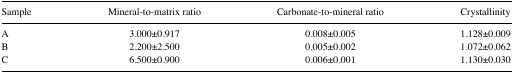
<table><thead><tr><td><b>Sample</b></td><td><b>Mineral-to-matrix ratio</b></td><td><b>Carbonate-to-mineral ratio</b></td><td><b>Crystallinity</b></td></tr></thead><tbody><tr><td>A</td><td>3.000±0.917</td><td>0.008±0.005</td><td>1.128±0.009</td></tr><tr><td>B</td><td>2.200±2.500</td><td>0.005±0.002</td><td>1.072±0.062</td></tr><tr><td>C</td><td>6.500±0.900</td><td>0.006±0.001</td><td>1.130±0.030</td></tr></tbody></table>